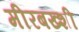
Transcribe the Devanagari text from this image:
मीरबख्शी